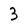
Character: 3